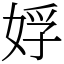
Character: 娐